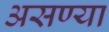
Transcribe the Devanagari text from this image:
असण्या